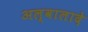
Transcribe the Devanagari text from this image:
अल्वालादे